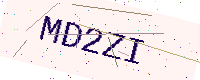
Text: MD2ZI